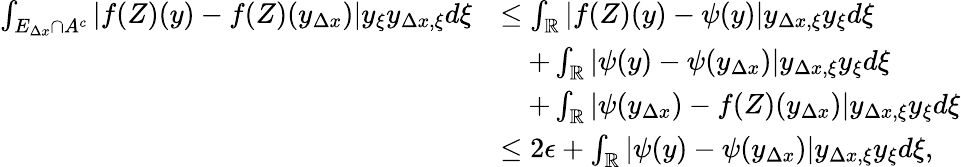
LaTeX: \begin{array}{rl}{\int_{E_{\Delta x}\cap A^{c}}\left|f(Z)(y)-f(Z)(y_{\Delta x})\right|y_{\xi}y_{\Delta x,\xi}d\xi}&{\leq\int_{\mathbb{R}}\left|f(Z)(y)-\psi(y)\right|y_{\Delta x,\xi}y_{\xi}d\xi}\\ &{\quad+\int_{\mathbb{R}}\left|\psi(y)-\psi(y_{\Delta x})\right|y_{\Delta x,\xi}y_{\xi}d\xi}\\ &{\quad+\int_{\mathbb{R}}\left|\psi(y_{\Delta x})-f(Z)(y_{\Delta x})\right|y_{\Delta x,\xi}y_{\xi}d\xi}\\ &{\leq 2\epsilon+\int_{\mathbb{R}}\left|\psi(y)-\psi(y_{\Delta x})\right|y_{\Delta x,\xi}y_{\xi}d\xi,}\end{array}